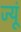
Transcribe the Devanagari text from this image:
ज्यूं